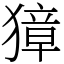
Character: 獐